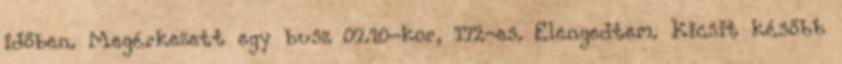
időben. Megérkezett egy busz 07.10-kor, 172-es. Elengedtem. Kicsit később